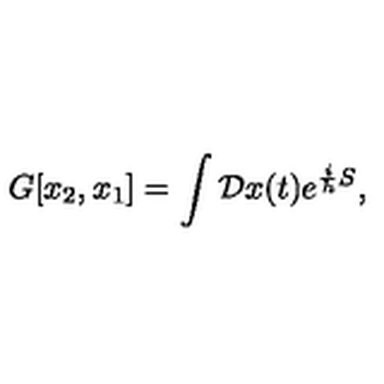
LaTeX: G [ x _ { 2 } , x _ { 1 } ] = \int { \cal D } x ( t ) e ^ { { \frac { i } { h } } S } ,